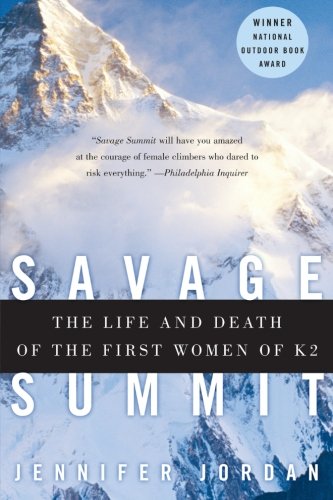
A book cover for Savage Summit: The Life and Death of the First Women of K2; Jennifer Jordan; Sports & Outdoors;